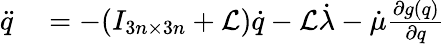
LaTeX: \begin{array}{rl}{\ddot{q}}&{{}=-(I_{3n\times 3n}+\mathcal{L})\dot{q}-\mathcal{L}\dot{\lambda}-\dot{\mu}\frac{\partial g(q)}{\partial q}}\end{array}